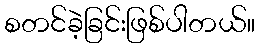
စတင်ခဲ့ခြင်းဖြစ်ပါတယ်။